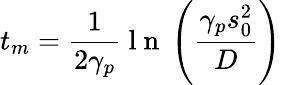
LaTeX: t_{m}=\frac{1}{2\gamma_{p}}\mathrm{~l~n~}\left(\frac{\gamma_{p}s_{0}^{2}}{D}\right)